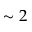
\sim 2